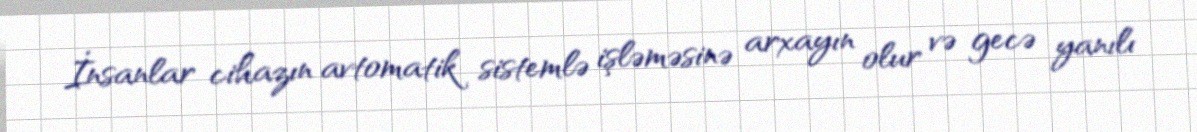
İnsanlar cihazın avtomatik sistemlə işləməsinə arxayın olur və gecə yanılı